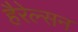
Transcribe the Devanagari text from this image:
हैरेल्सन